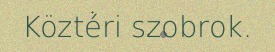
Köztéri szobrok.